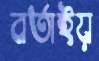
বর্তাইয়